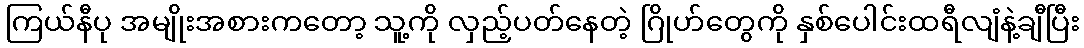
ကြယ်နီပု အမျိုးအစားကတော့ သူ့ကို လှည့်ပတ်နေတဲ့ ဂြိုဟ်တွေကို နှစ်ပေါင်းထရီလျံနဲ့ချီပြီး